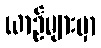
ယာဉ်များမှာ